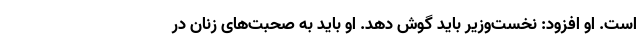
است. او افزود: نخست‌وزیر باید گوش دهد. او باید به صحبت‌های زنان در